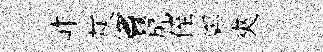
岞灰竇尻侄鄭夾